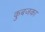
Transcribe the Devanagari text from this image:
कुबजका